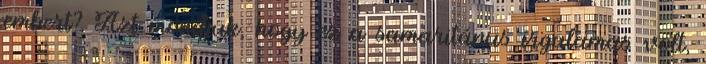
embert? Azt mondjuk, hogy ez a samaritánus irgalamas volt,